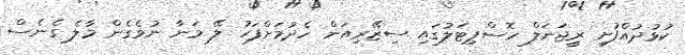
ކުޅުދުއްފުށި ރީޖަނަލް ހޮސްޕިޓަލުގައި ސިޒޭރިއަން ހެދުމަށްފަހު ލޭ މަނާ ނުވެގެން މާލެ ގެނެސް